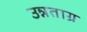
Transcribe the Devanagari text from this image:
उन्नताग्र